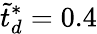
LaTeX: \tilde{t}_{d}^{*}=0.4